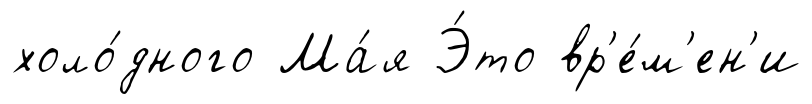
холо́дного Ма́я Э́то вр'е́м'ен'и